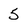
Character: 5